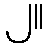
၂။